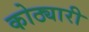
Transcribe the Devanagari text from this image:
कोठ्यारी